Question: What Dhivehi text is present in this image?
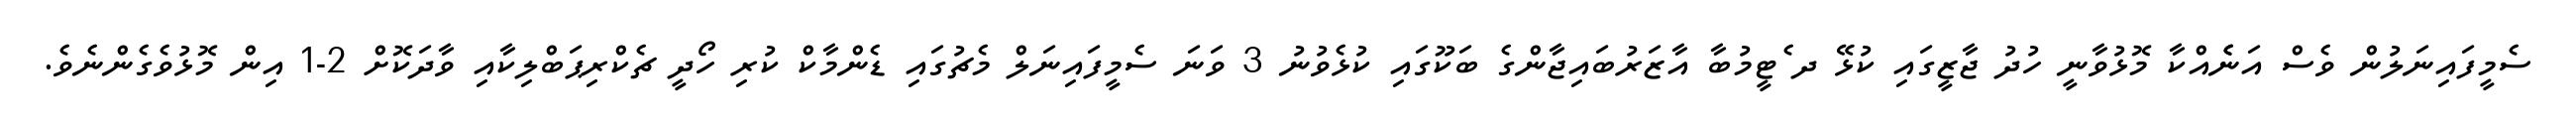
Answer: ސެމީފައިނަލުން ވެސް އަނެެއްކާ މޮޅުވާނީ ހުދު ޖާޒީގައި ކުޅޭ ދ ެޓީމުބާ އާޒަރުބައިޖާންގެ ބަކޫގައި ކުޅެވުނު 3 ވަނަ ސެމީފައިނަލް މެޗުގައި ޑެންމާކް ކުރި ހޯދީ ޗެކްރިޕަބްލިކާއި ވާދަކޮށް 2-1 އިން މޮޅުވެގެންނެވެ.